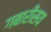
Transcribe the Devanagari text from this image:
गबारीसय